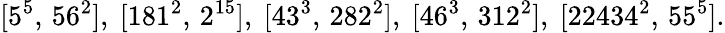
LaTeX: [5^{5},\, 56^{2}],\ [181^{2},\, 2^{15}],\ [43^{3},\, 282^{2}],\ [46^{3},\, 312^{2}],\ [22434^{2},\, 55^{5}].